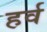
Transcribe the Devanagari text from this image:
हर्व